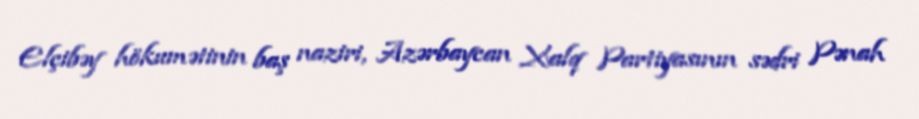
Elçibəy hökumətinin baş naziri, Azərbaycan Xalq Partiyasının sədri Pənah